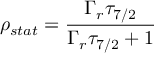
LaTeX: \rho _ { s t a t } = { \frac { \Gamma _ { r } \tau _ { 7 / 2 } } { \Gamma _ { r } \tau _ { 7 / 2 } + 1 } }